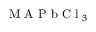
\textrm { M A P b C l } _ { 3 }